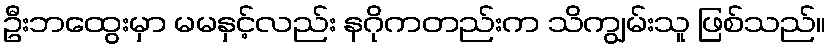
ဦးဘထွေးမှာ မမနှင့်လည်း နဂိုကတည်းက သိကျွမ်းသူ ဖြစ်သည်။